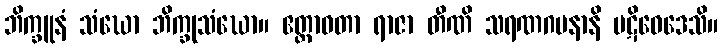
ဘိက္ခူနံ သံဃော ဘိက္ခုသံဃော။ ဧတ္တာဝတာ ရာဇာ တီဏိ သရဏဂမနာနိ ပဋိဝေဒေသိ။